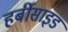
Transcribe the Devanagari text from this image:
हर्बीसाइड